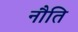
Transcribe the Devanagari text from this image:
नौति